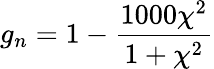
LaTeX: g_{n}=1-\frac{1000\chi^{2}}{1+\chi^{2}}